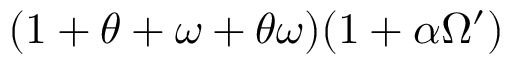
( 1 + \theta + \omega + \theta \omega ) ( 1 + \alpha \Omega ^ { \prime } )